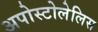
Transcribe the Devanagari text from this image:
अपोस्टोलेलिस